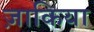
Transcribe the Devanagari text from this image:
ज़ाकिया